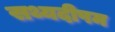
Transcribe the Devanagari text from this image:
सथ्यदीपम